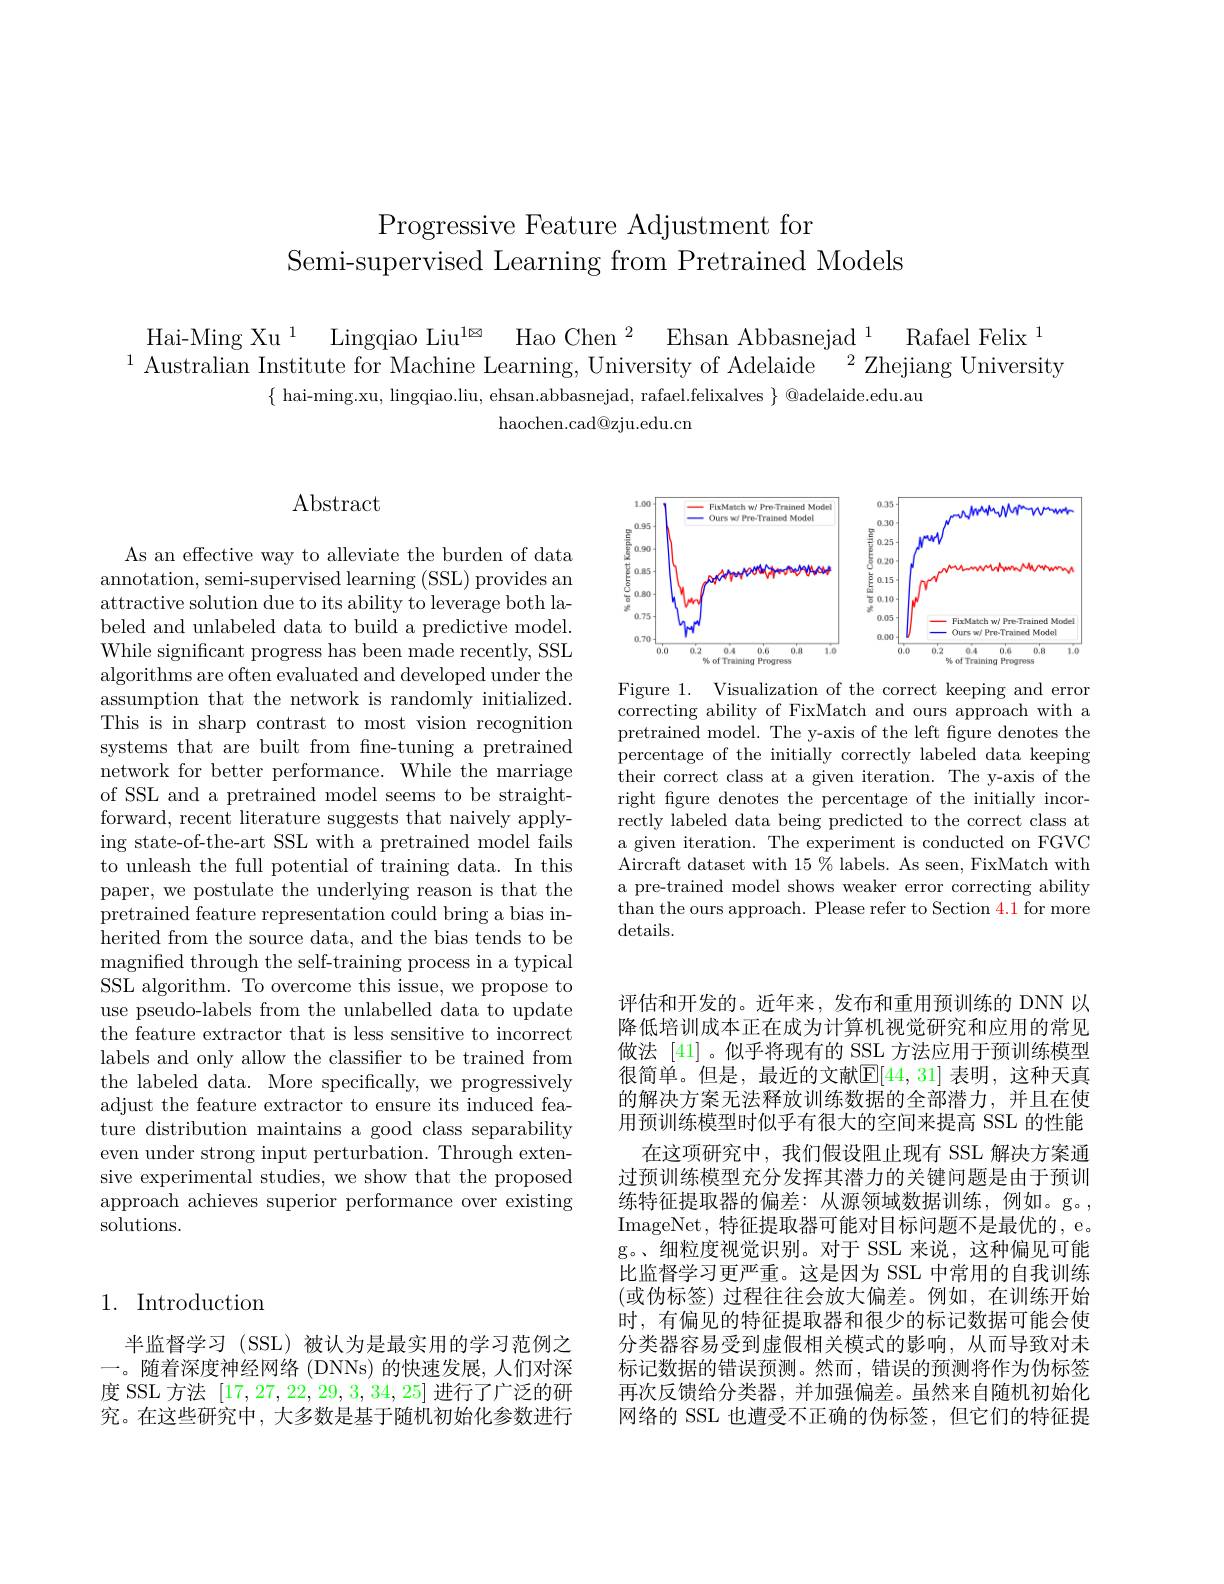
Progressive Feature Adjustment for
Semi-supervised Learning from Pretrained Models

$\begin{array}{l}\text{Hai-Ming Xu}^{1}&\text{Lingqiao Liu}^{1\otimes}&\text{Hao Chen}^{2}&\text{Ehsan Abbasnejad}^{1}&\text{Rafael Felix}^{1}\\\text{Australian Institute for Machine Learning, University of Adelaide}&^{2}\text{Zhejiang University}\end{array}$
$\{$ hai-ming.xu, lingqiao.liu, ehsan.abbasnejad, rafael.felixalves $\}$ @adelaide.edu.au
${\mathrm{haochen.cad@zju.edu.cn}}$

$\operatorname{Abstract}$

As an effective way to alleviate the burden of data annotation, semi-supervised learning (SSL) provides an attractive solution due to its ability to leverage both labeled and unlabeled data to build a predictive model. While significant progress has been made recently, SSL algorithms are often evaluated and developed under the assumption that the network is randomly initialized. This is in sharp contrast to most vision recognition systems that are built from fne-tuning a pretrained network for better performance. While the marriage of SSL and a pretrained model seems to be straightforward, recent literature suggests that naively applying state-of-the-art SSL with a pretrained model fails to unleash the full potential of training data. In this paper, we postulate the underlying reason is that the pretrained feature representation could bring a bias inherited from the source data, and the bias tends to be magnified through the self-training process in a typical SSL algorithm. To overcome this issue, we propose to use pseudo-labels from the unlabelled data to update the feature extractor that is less sensitive to incorrect labels and only allow the classifier to be trained from the labeled data. More specifically, we progressively adjust the feature extractor to ensure its induced feature distribution maintains a good class separability even under strong input perturbation. Through extensive experimental studies, we show that the proposed approach achieves superior performance over existing solutions.

# 1. Introduction

半监督学习 (SSL)被认为是最实用的学习范例之一。随着深度神经网络 (DNNs)的快速发展，人们对深度 SSL 方法[17,27,22,29,3,34,25]进行了广泛的研究。在这些研究中，大多数是基于随机初始化参数进行

<FigureHere>

Figure 1. Visualization of the correct keeping and error $\bar{\text{correcting ability of FixMatch and ours approach with a}}$ pretrained model. The y-axis of the left fgure denotes the percentage of the initially correctly labeled data keeping their correct class at a given iteration. The y-axis of the right figure denotes the percentage of the initially incorrectly labeled data being predicted to the correct class at a given iteration. The experiment is conducted on FGVC Aircraft dataset with $15\%$ labels. As seen, FixMatch with a pre-trained model shows weaker error correcting ability than the ours approach. Please refer to Section 4.1 for more $details.$

评估和开发的。近年来，发布和重用预训练的 DNN 以降低培训成本正在成为计算机视觉研究和应用的常见做法 [41] 。似乎将现有的 SSL 方法应用于预训练模型很简单。但是，最近的文献$\mathbb{E}[44,31]$ 表明，这种天真的解决方案无法释放训练数据的全部潜力，并且在使用预训练模型时似乎有很大的空间来提高 SSL 的性能
在这项研究中，我们假设阻止现有 SSL 解决方案通过预训练模型充分发挥其潜力的关键问题是由于预训练特征提取器的偏差：从源领域数据训练，例如。g。, ImageNet, 特征提取器可能对目标问题不是最优的，e。g。、细粒度视觉识别。对于 SSL 来说，这种偏见可能比监督学习更严重。这是因为 SSL 中常用的自我训练(或伪标签)过程往往会放大偏差。例如，在训练开始时，有偏见的特征提取器和很少的标记数据可能会使分类器容易受到虚假相关模式的影响，从而导致对未标记数据的错误预测。然而，错误的预测将作为伪标签再次反馈给分类器，并加强偏差。虽然来自随机初始化网络的 SSL 也遭受不正确的伪标签，但它们的特征提